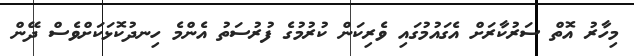
މިހާރު އޮތް ސަރުކާރަށް އެގައުމުގައި ވެރިކަން ކުރުމުގެ ފުރުސަތު އެންމެ ހިނދުކޮޅަކަށްވެސް ދޭން